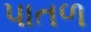
પાતળ